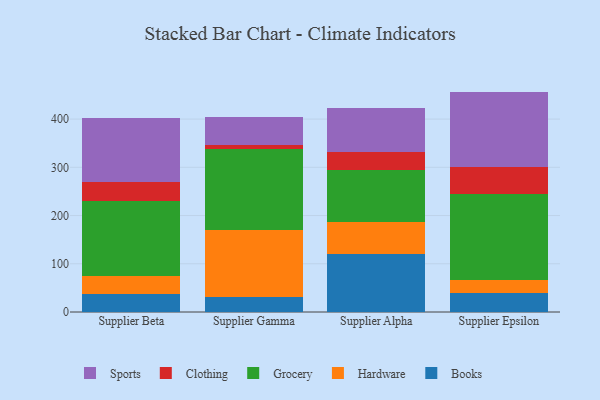
{"axis": {"x": "Supplier", "y": "Shipments"}, "legend": ["Books", "Clothing", "Grocery", "Hardware", "Sports"], "data": [{"x": "Supplier Beta", "y": 36.3, "type": "Books"}, {"x": "Supplier Beta", "y": 38.6, "type": "Hardware"}, {"x": "Supplier Beta", "y": 155.1, "type": "Grocery"}, {"x": "Supplier Beta", "y": 39.2, "type": "Clothing"}, {"x": "Supplier Beta", "y": 134.0, "type": "Sports"}, {"x": "Supplier Gamma", "y": 30.2, "type": "Books"}, {"x": "Supplier Gamma", "y": 140.0, "type": "Hardware"}, {"x": "Supplier Gamma", "y": 167.6, "type": "Grocery"}, {"x": "Supplier Gamma", "y": 9.1, "type": "Clothing"}, {"x": "Supplier Gamma", "y": 58.2, "type": "Sports"}, {"x": "Supplier Alpha", "y": 120.7, "type": "Books"}, {"x": "Supplier Alpha", "y": 66.4, "type": "Hardware"}, {"x": "Supplier Alpha", "y": 106.4, "type": "Grocery"}, {"x": "Supplier Alpha", "y": 39.3, "type": "Clothing"}, {"x": "Supplier Alpha", "y": 89.9, "type": "Sports"}, {"x": "Supplier Epsilon", "y": 39.0, "type": "Books"}, {"x": "Supplier Epsilon", "y": 27.9, "type": "Hardware"}, {"x": "Supplier Epsilon", "y": 178.0, "type": "Grocery"}, {"x": "Supplier Epsilon", "y": 56.7, "type": "Clothing"}, {"x": "Supplier Epsilon", "y": 155.4, "type": "Sports"}]}